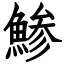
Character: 鯵